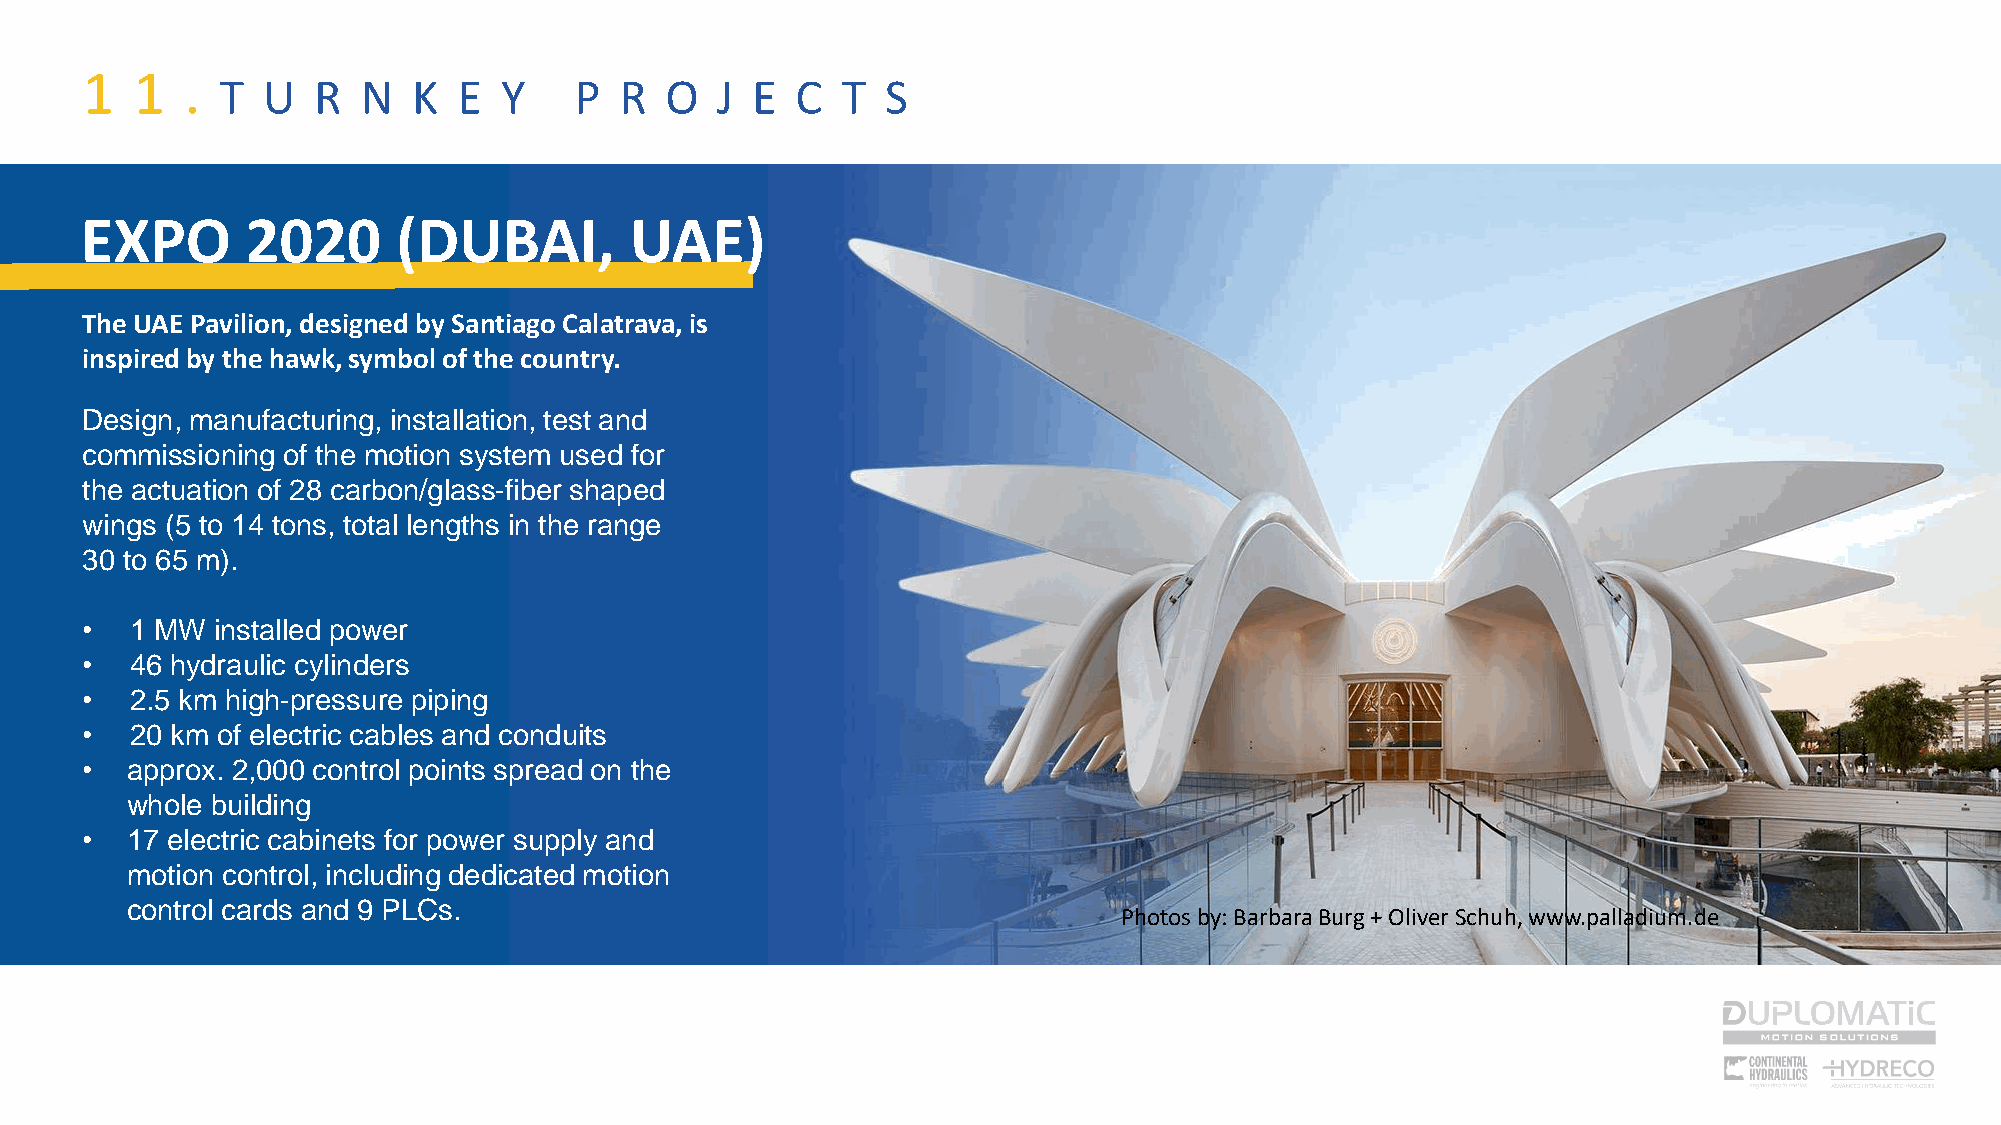
1   1  .
 T U   R  N  K  E  Y    P  R  O  J  E  C  T  S
 EXPO       2020      (DUBAI,         UAE)
 The UAE Pavilion, designed by Santiago Calatrava, is
 inspired by the hawk, symbol of the country.
 Design, manufacturing, installation, test and
 commissioning of the motion system used for
 the actuation of 28 carbon/glass-fiber shaped
 wings (5 to 14 tons, total lengths in the range
 30 to 65 m).
 •   1 MW installed power
 •   46 hydraulic cylinders
 •   2.5 km high-pressure piping
 •   20 km of electric cables and conduits
 •  approx. 2,000 control points spread on the
 whole building
 •  17 electric cabinets for power supply and
 motion control, including dedicated motion
 control cards and 9 PLCs.
 Photos by: Barbara Burg + Oliver Schuh, www.palladium.de